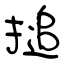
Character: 搥